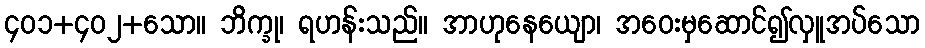
၄၀၁+၄၀၂+သော။ ဘိက္ခု၊ ရဟန်းသည်။ အာဟုနေယျော၊ အဝေးမှဆောင်၍လှူအပ်သော